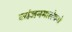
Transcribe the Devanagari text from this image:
व्यंजनमालेधले